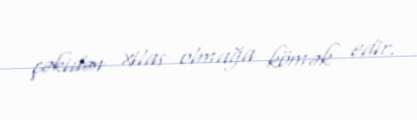
çəkidən xilas olmağa kömək edir.